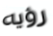
رؤيه